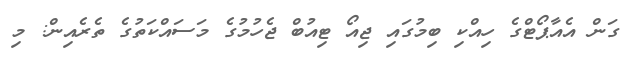
ގަން އެއާޕޯޓްގެ ހިއްކި ބިމުގައި ޖިއޯ ޓިއުބް ޖެހުމުގެ މަސައްކަތުގެ ތެރެއިން: މި